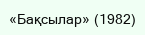
«Бақсылар» (1982)